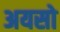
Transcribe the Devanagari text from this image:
अयसो